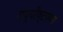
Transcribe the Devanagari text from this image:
गप्पीष्टपणा